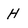
Character: H